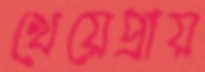
খেয়েপ্রায়